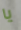
يا